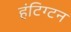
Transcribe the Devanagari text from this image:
हंटिग्टन